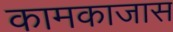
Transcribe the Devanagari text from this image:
कामकाजास